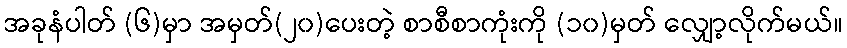
အခုနံပါတ် (၆)မှာ အမှတ်(၂၀)ပေးတဲ့ စာစီစာကုံးကို (၁၀)မှတ် လျှော့လိုက်မယ်။